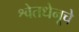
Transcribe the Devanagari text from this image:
श्वेतधेनूचे